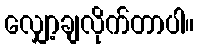
လျှော့ချလိုက်တာပါ။